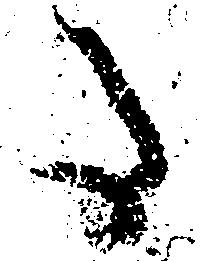
た